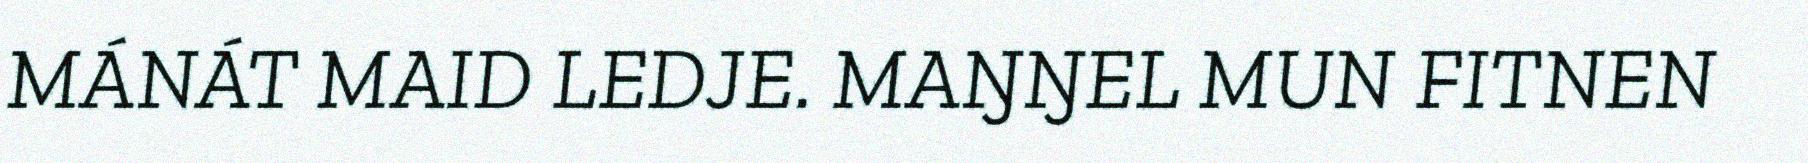
MÁNÁT MAID LEDJE. MAŊŊEL MUN FITNEN